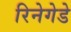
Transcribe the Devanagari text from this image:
रिनेगेडे